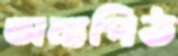
অন্যপিঠ